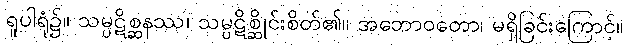
ရူပါရုံ၌။ သမ္ပဋိစ္ဆနဿ၊ သမ္ပဋိစ္ဆိုင်းစိတ်၏။ အဘောဝတော၊ မရှိခြင်းကြောင့်။